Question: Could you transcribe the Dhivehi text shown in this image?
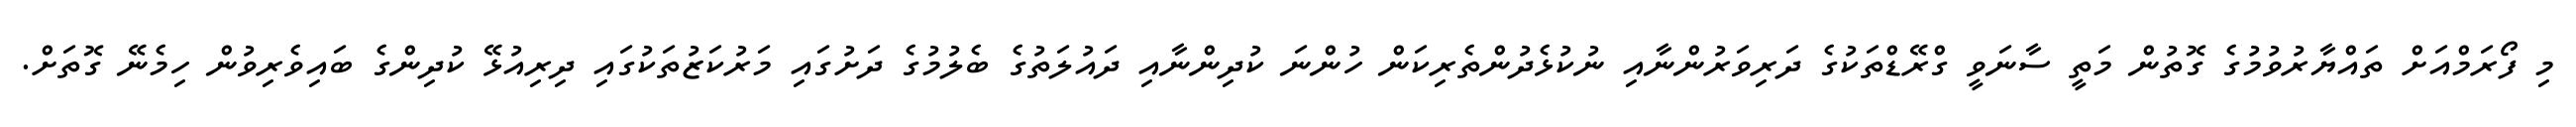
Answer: މި ފޯރަމްއަށް ތައްޔާރުވުމުގެ ގޮތުން މަތީ ސާނަވީ ގްރޭޑްތަކުގެ ދަރިވަރުންނާއި ނުކުޅެދުންތެރިކަން ހުންނަ ކުދިންނާއި ދައުލަތުގެ ބެލުމުގެ ދަށުގައި މަރުކަޒުތަކުގައި ދިރިއުޅޭ ކުދިންގެ ބައިވެރިވުން ހިމެނޭ ގޮތަށް.